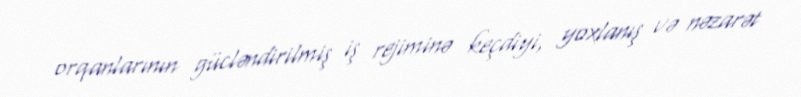
orqanlarının gücləndirilmiş iş rejiminə keçdiyi, yoxlanış və nəzarət